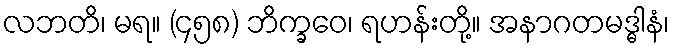
လဘတိ၊ မရ။ (၄၅၈) ဘိက္ခဝေ၊ ရဟန်းတို့။ အနာဂတမဒ္ဓါနံ၊